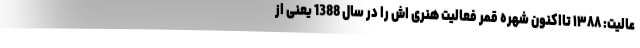
عالیت: ۱۳۸۸ تااکنون شهره قمر فعالیت هنری اش را در سال 1388 یعنی از